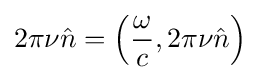
2\pi \nu {\hat {n}}=\left({\frac {\omega }{c}},2\pi \nu {\hat {n}}\right)